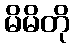
မိမိတို